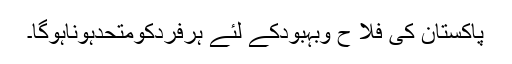
پاکستان کی فلا ح وبہبودکے لئے ہرفردکومتحدہوناہوگا۔